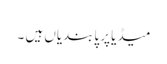
میڈیا پر پابندیاں ہیں ۔